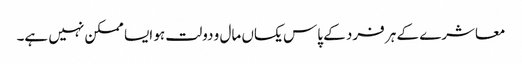
معاشرے کے ہر فرد کے پاس یکساں مال و دولت ہو ایسا ممکن نہیں ہے۔